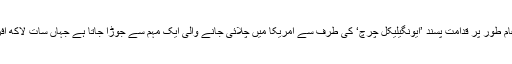
علاوہ ازیں ایسی کوششوں کا تانہ بانہ عام طور پر قدامت پسند ’ایونگیلیکل چرچ‘ کی طرف سے امریکا میں چلائی جانے والی ایک مہم سے جوڑا جاتا ہے جہاں سات لاکھ افراد نے اس نوعیت کے علاج کو آزمایا۔